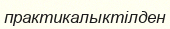
практикалыктілден